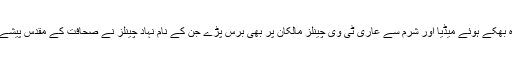
اپنی تقریر کے دوران وہ بھکے ہوئے میڈیا اور شرم سے عاری ٹی وی چینلز مالکان پر بھی برس پڑے جن کے نام نہاد چینلز نے صحافت کے مقدس پیشے کو بے آبرو کردیا ہے۔